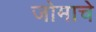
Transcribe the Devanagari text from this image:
जोमाचे